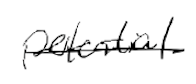
Text: potential
Cross-out: single-line
Writing tool: digital_black